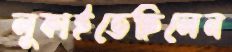
লুকাইতেছিলেন